Serum-therapy of plague in India - Number 20
Disease focus: Plague
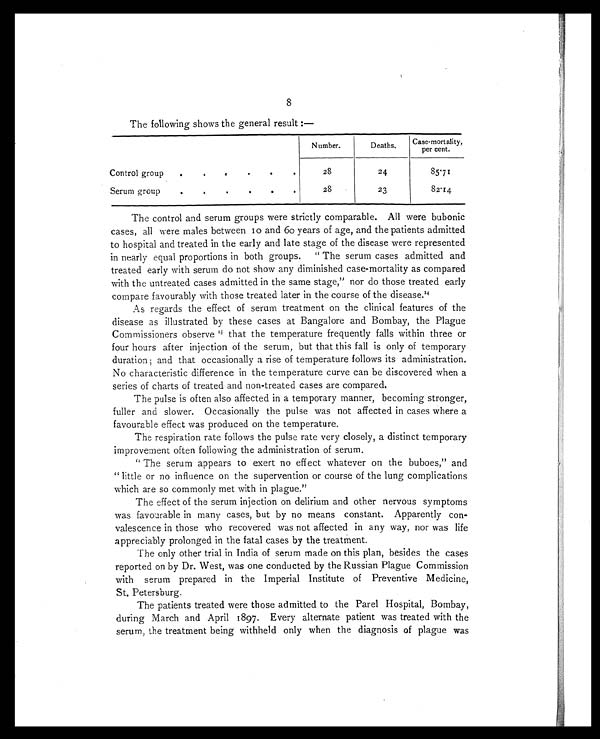
8
The following shows the general result :—
Number.
Deaths.
Case mortality,
per cent.
Control group ... . . . . . .
28
24
85.71
Serum group ... . . . . . .
28
23
82.14
The control and serum groups were strictly comparable. All were bubonic
cases, all were males between 10 and 60 years of age, and the patients admitted
to hospital and treated in the early and late stage of the disease were represented
in nearly equal proportions in both groups. " The serum cases admitted and
treated early with serum do not show any diminished case-mortality as compared
with the untreated cases admitted in the same stage," nor do those treated early
compare favourably with those treated later in the course of the disease. 1 4
As regards the effect of serum treatment on the clinical features of the
disease as illustrated by these cases at Bangalore and Bombay, the Plague
Commissioners observe 1 5
t h a t t h e t e m p e r a t u r e f r e q u e n t l y f a l l s w i t h i n t h r e e o r
four hours after injection of the serum, but that this fall is only of temporary
duration; and that occasionally a rise of temperature follows its administration.
No characteristic difference in the temperature curve can be discovered when a
series of charts of treated and non-treated cases are compared.
The pulse is often also affected in a temporary manner, becoming stronger,
fuller and slower. Occasionally the pulse was not affected in cases where a
favourable effect was produced on the temperature.
The respiration rate follows the pulse rate very closely, a distinct temporary
improvement often following the administration of serum.
" The serum appears to exert no effect whatever on the buboes," and
" little or no influence on the supervention or course of the lung complications
which are so commonly met with in plague."
The effect of the serum injection on delirium and other nervous symptoms
was favourable in many cases, but by no means constant. Apparently con-
valescence in those who recovered was not affected in any way, nor was life
appreciably prolonged in the fatal cases by the treatment.
The only other trial in India of serum made on this plan, besides the cases
reported on by Dr. West, was one conducted by the Russian Plague Commission
with serum prepared in the Imperial Institute of Preventive Medicine,
St. Petersburg.
The patients treated were those admitted to the Parel Hospital, Bombay,
during March and April 1897. Every alternate patient was treated with the
serum, the treatment being withheld only when the diagnosis of plague was